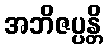
အဘိဇပ္ပန္တိ